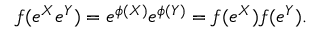
f ( e ^ { X } e ^ { Y } ) = e ^ { \phi ( X ) } e ^ { \phi ( Y ) } = f ( e ^ { X } ) f ( e ^ { Y } ) .